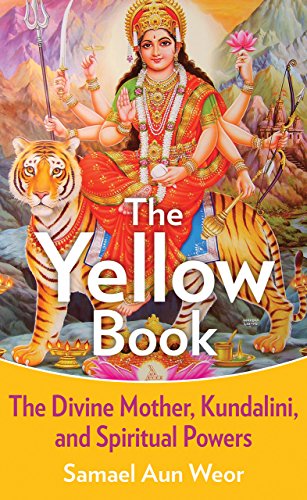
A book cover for The Yellow Book: The Divine Mother, Kundalini, and Spiritual Powers; Samael Aun Weor; Religion & Spirituality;